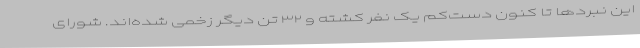
این نبردها تا کنون دست‌کم یک نفر کشته و ۳۲ تن دیگر زخمی شده‌اند. شورای